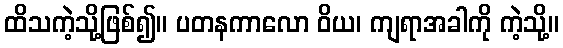
ထိသကဲ့သို့ဖြစ်၍။ ပတနကာလော ဝိယ၊ ကျရာအခါကို ကဲ့သို့။